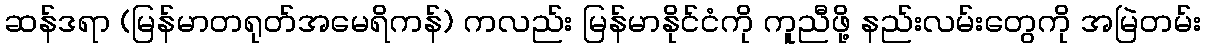
ဆန်ဒရာ (မြန်မာတရုတ်အမေရိကန်) ကလည်း မြန်မာနိုင်ငံကို ကူညီဖို့ နည်းလမ်းတွေကို အမြဲတမ်း